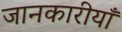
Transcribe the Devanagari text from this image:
जानकारीयाँ